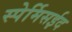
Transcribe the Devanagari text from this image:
स्पेर्मिसईद